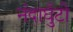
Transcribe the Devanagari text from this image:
नंदाघुँटी